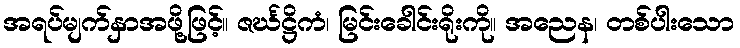
အရပ်မျက်နှာအဖို့ဖြင့်။ ဇင်္ဃဋ္ဌိကံ၊ မြင်းခေါင်းရိုးကို။ အညေန၊ တစ်ပါးသော